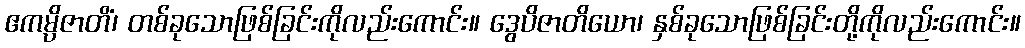
ဧကမ္ပိဇာတိံ၊ တစ်ခုသောဖြစ်ခြင်းကိုလည်းကောင်း။ ဒွေပိဇာတိယော၊ နှစ်ခုသောဖြစ်ခြင်းတို့ကိုလည်းကောင်း။